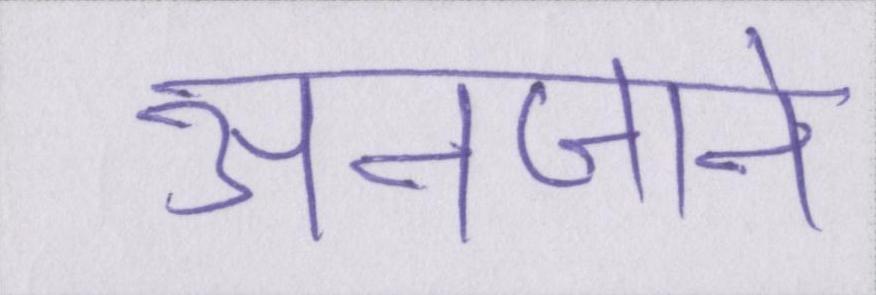
अनजाने